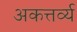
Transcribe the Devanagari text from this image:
अकत्तर्व्य